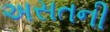
અસતની